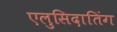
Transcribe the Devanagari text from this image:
एलुसिदातिंग